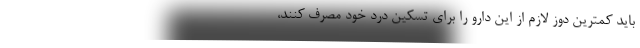
باید کمترین دوز لازم از این دارو را برای تسکین درد خود مصرف کنند،